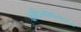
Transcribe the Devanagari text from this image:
काठिन्यमानसाय